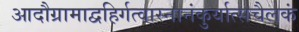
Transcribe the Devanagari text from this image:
आदौग्रामाद्वहिर्गत्वास्नानंकुर्यात्सचैलकं